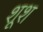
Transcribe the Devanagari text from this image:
शूश